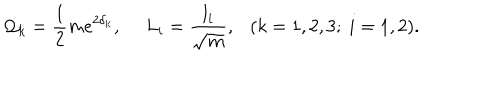
{ \cal Q } _ { k } = { \frac { 1 } { 2 } } m e ^ { 2 \delta _ { k } } , \ L _ { i } = { \frac { l _ { i } } { \sqrt { m } } } , \ \ \ ( k = 1 , 2 , 3 ; \ i = 1 , 2 ) .